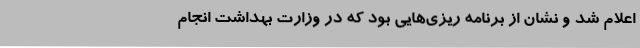
اعلام شد و نشان از برنامه‌ ریزی‌هایی بود که در وزارت بهداشت انجام